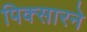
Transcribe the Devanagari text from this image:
पिक्सारने